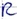
Text: R